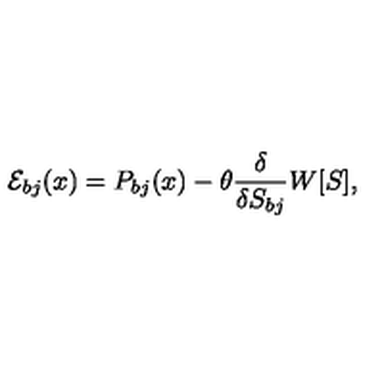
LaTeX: { \cal E } _ { b j } ( x ) = P _ { b j } ( x ) - \theta \frac { \delta } { \delta S _ { b j } } W [ S ] ,